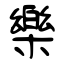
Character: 樂